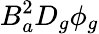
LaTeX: B_{a}^{2}D_{g}\phi_{g}